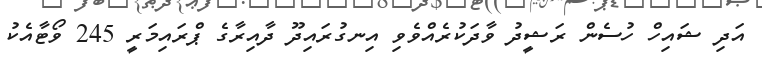
އަދި ޝައިހް ހުސެން ރަޝީދު ވާދަކުރެއްވެވި އިނގުރައިދޫ ދާއިރާގެ ޕްރައިމަރީ 245 ވޯޓާއެކު